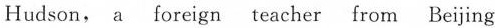
Hudson, a foreign teacher from Beijing